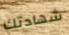
شهادتك